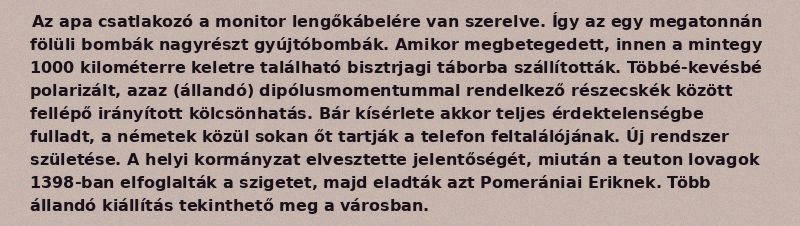
Az apa csatlakozó a monitor lengőkábelére van szerelve. Így az egy megatonnán fölüli bombák nagyrészt gyújtóbombák. Amikor megbetegedett, innen a mintegy 1000 kilométerre keletre található bisztrjagi táborba szállították. Többé-kevésbé polarizált, azaz (állandó) dipólusmomentummal rendelkező részecskék között fellépő irányított kölcsönhatás. Bár kísérlete akkor teljes érdektelenségbe fulladt, a németek közül sokan őt tartják a telefon feltalálójának. Új rendszer születése. A helyi kormányzat elvesztette jelentőségét, miután a teuton lovagok 1398-ban elfoglalták a szigetet, majd eladták azt Pomerániai Eriknek. Több állandó kiállítás tekinthető meg a városban.